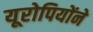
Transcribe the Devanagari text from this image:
यूरोपियोंने